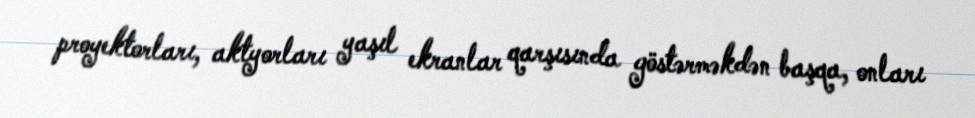
proyektorları, aktyorları yaşıl ekranlar qarşısında göstərməkdən başqa, onları